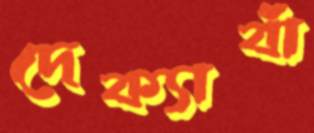
দেক্যাবাঁ